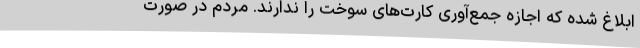
ابلاغ شده که اجازه جمع‌آوری کارت‌های سوخت را ندارند. مردم در صورت